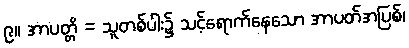
၉။ အာပတ္တိ = သူတစ်ပါး၌ သင့်ရောက်နေသော အာပတ်အပြစ်၊